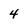
Character: 4